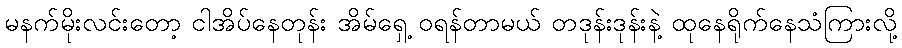
မနက်မိုးလင်းတော့ ငါအိပ်နေတုန်း အိမ်ရှေ့ ဝရန်တာမယ် တဒုန်းဒုန်းနဲ့ ထုနေရိုက်နေသံကြားလို့